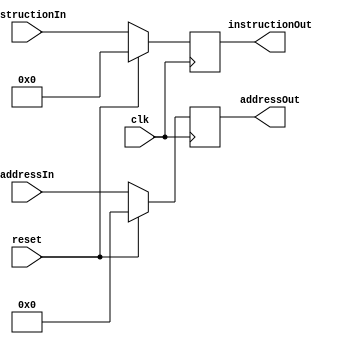
module IFID (
  input clk, reset,
  input [31:0]instructionIn,
  input [63:0] addressIn,
  
  output reg [31:0] instructionOut,
  output reg [63:0] addressOut
);
  
  always @(posedge clk)
    begin
      if (reset)
        begin
          instructionOut = 0;
          addressOut     = 0;
        end
      else
        begin
          instructionOut = instructionIn;
          addressOut     = addressIn;
        end
    end
  
endmodule